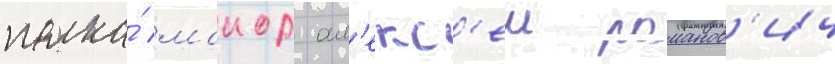
полка́ маиор ал'екс'еи романов'ич